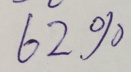
6 2 \%